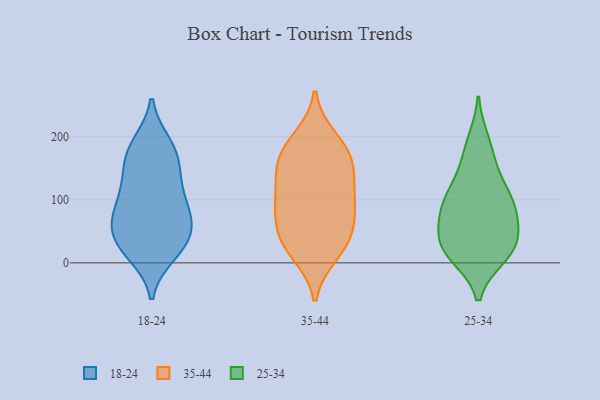
{"axis": {"x": "Production Output", "y": "Value"}, "legend": ["18-24", "25-34", "35-44"], "data": [{"x": "", "y": 29, "type": "18-24"}, {"x": "", "y": 188, "type": "18-24"}, {"x": "", "y": 67, "type": "18-24"}, {"x": "", "y": 104, "type": "18-24"}, {"x": "", "y": 55, "type": "18-24"}, {"x": "", "y": 19, "type": "18-24"}, {"x": "", "y": 55, "type": "18-24"}, {"x": "", "y": 110, "type": "18-24"}, {"x": "", "y": 150, "type": "18-24"}, {"x": "", "y": 156, "type": "18-24"}, {"x": "", "y": 77, "type": "18-24"}, {"x": "", "y": 172, "type": "18-24"}, {"x": "", "y": 14, "type": "18-24"}, {"x": "", "y": 116, "type": "18-24"}, {"x": "", "y": 186, "type": "18-24"}, {"x": "", "y": 30, "type": "18-24"}, {"x": "", "y": 69, "type": "18-24"}, {"x": "", "y": 32, "type": "35-44"}, {"x": "", "y": 185, "type": "35-44"}, {"x": "", "y": 197, "type": "35-44"}, {"x": "", "y": 15, "type": "35-44"}, {"x": "", "y": 156, "type": "35-44"}, {"x": "", "y": 43, "type": "35-44"}, {"x": "", "y": 76, "type": "35-44"}, {"x": "", "y": 166, "type": "35-44"}, {"x": "", "y": 26, "type": "35-44"}, {"x": "", "y": 161, "type": "35-44"}, {"x": "", "y": 137, "type": "35-44"}, {"x": "", "y": 96, "type": "35-44"}, {"x": "", "y": 100, "type": "35-44"}, {"x": "", "y": 109, "type": "35-44"}, {"x": "", "y": 68, "type": "35-44"}, {"x": "", "y": 192, "type": "25-34"}, {"x": "", "y": 25, "type": "25-34"}, {"x": "", "y": 105, "type": "25-34"}, {"x": "", "y": 14, "type": "25-34"}, {"x": "", "y": 168, "type": "25-34"}, {"x": "", "y": 28, "type": "25-34"}, {"x": "", "y": 32, "type": "25-34"}, {"x": "", "y": 83, "type": "25-34"}, {"x": "", "y": 73, "type": "25-34"}, {"x": "", "y": 93, "type": "25-34"}, {"x": "", "y": 133, "type": "25-34"}, {"x": "", "y": 99, "type": "25-34"}, {"x": "", "y": 12, "type": "25-34"}, {"x": "", "y": 48, "type": "25-34"}]}